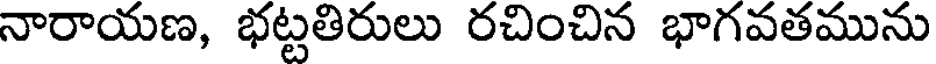
నారాయణ, భట్టతిరులు రచించిన భాగవతమును